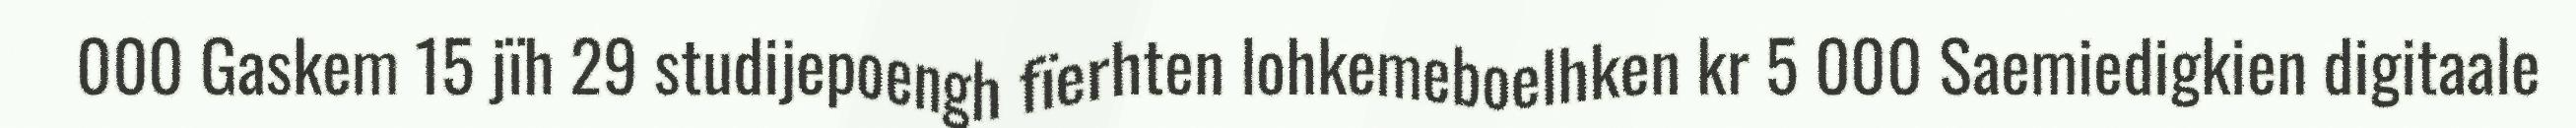
000 Gaskem 15 jïh 29 studijepoengh fïerhten lohkemeboelhken kr 5 000 Saemiedigkien digitaale